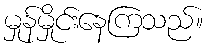
မှုန်မှိုင်းနေကြသည်။